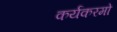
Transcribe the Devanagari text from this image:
कर्यकरमो